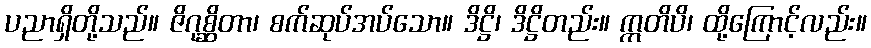
ပညာရှိတို့သည်။ ဇိဂုစ္ဆိတာ၊ စက်ဆုပ်အပ်သော။ ဒိဋ္ဌိ၊ ဒိဋ္ဌိတည်း။ ဣတိပိ၊ ထို့ကြောင့်လည်း။